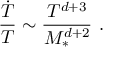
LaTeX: \frac { { \dot { T } } } { T } \sim \frac { T ^ { d + 3 } } { M _ { * } ^ { d + 2 } } \ .